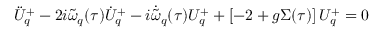
\ddot { \cal { U } } _ { q } ^ { + } - 2 i \tilde { \omega } _ { q } ( \tau ) \dot { \cal { U } } _ { q } ^ { + } - i \dot { \tilde { \omega } } _ { q } ( \tau ) { \cal { U } } _ { q } ^ { + } + \left[ - 2 + g \Sigma ( \tau ) \right] { \cal { U } } _ { q } ^ { + } = 0